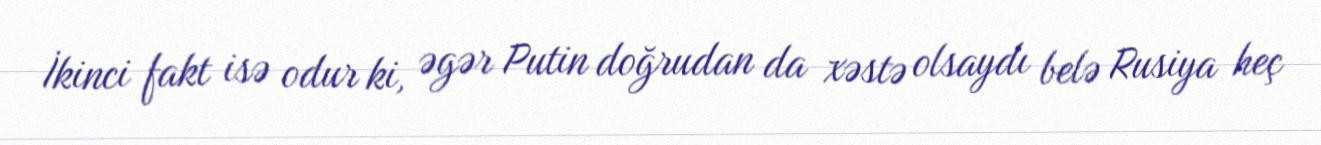
İkinci fakt isə odur ki, əgər Putin doğrudan da xəstə olsaydı belə Rusiya heç